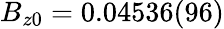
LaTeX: B_{z0}=0.04536(96)